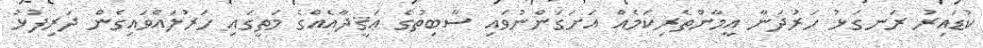
ކުޑައިރު ރަނގަޅު ހަރުދަނާ އީމާންތެރިކަމެއް އަށަގަންނުވައި ސާބިތުގެ ޢަޤީދާއެއްގެ މަތީގައި ހަރުލައްވައިގެން ދަރިފުޅު